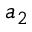
a _ { 2 }